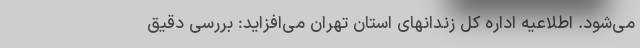
می‌شود. اطلاعیه اداره کل زندانهای استان تهران می‌افزاید: بررسی دقیق